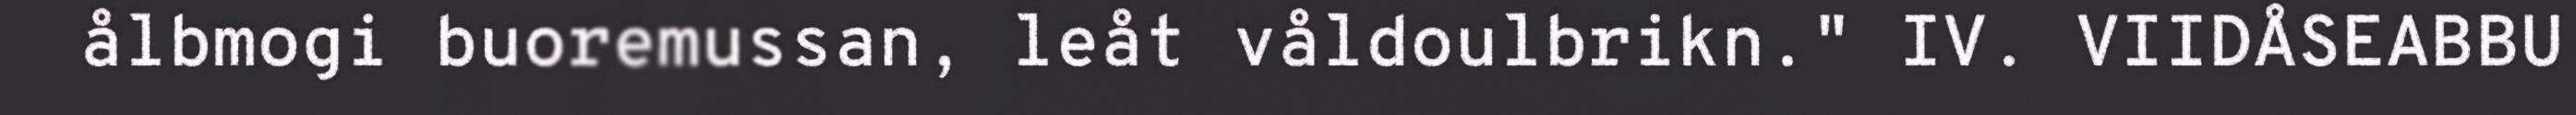
ålbmogi buoremussan, leåt våldoulbrikn." IV. VIIDÅSEABBU